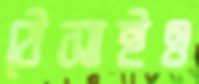
ঠেসাইও